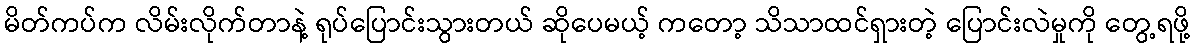
မိတ်ကပ်က လိမ်းလိုက်တာနဲ့ ရုပ်ပြောင်းသွားတယ် ဆိုပေမယ့် ကတော့ သိသာထင်ရှားတဲ့ ပြောင်းလဲမှုကို တွေ့ရဖို့